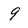
Character: 9